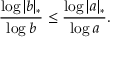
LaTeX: { \frac { \log | b | _ { * } } { \log b } } \leq { \frac { \log | a | _ { * } } { \log a } } .